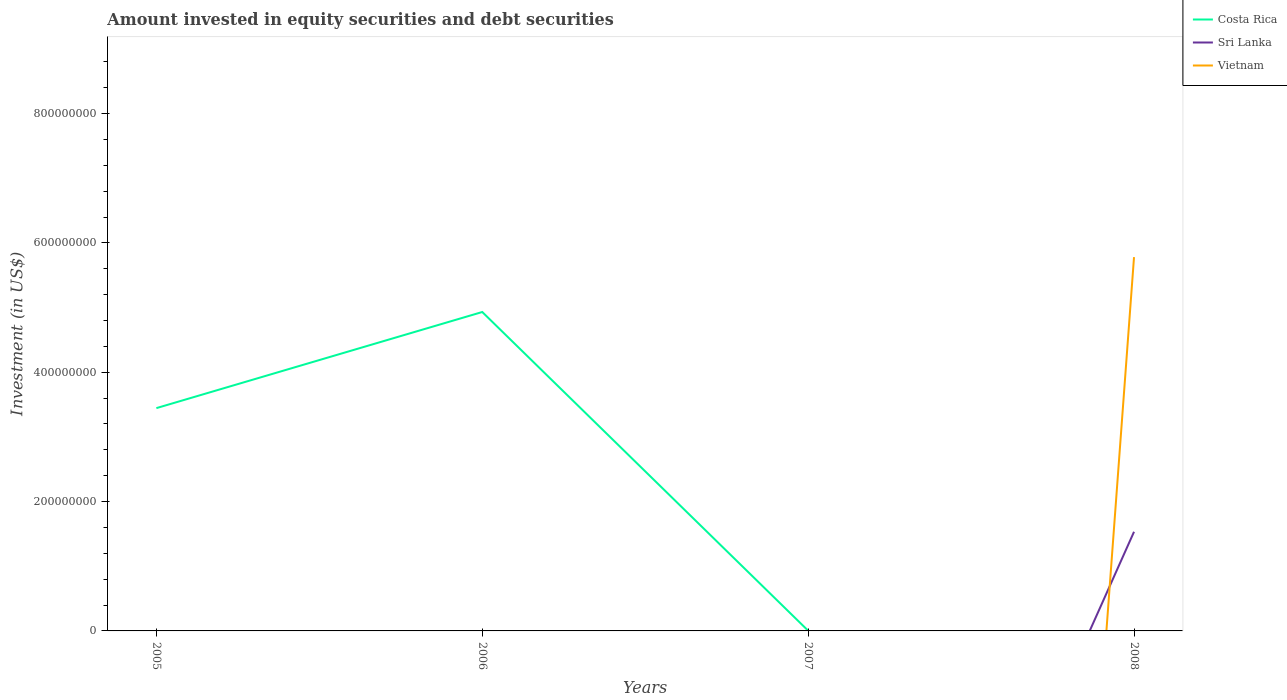
| Years | Costa Rica | Sri Lanka | Vietnam |
 | --- | --- | --- | --- |
 | 2005 | 3.45e+08 | -6.04e+07 | -8.65e+08 |
 | 2006 | 4.93e+08 | -5.1e+07 | -1.31e+09 |
 | 2007 | 3.93e+05 | -9.74e+08 | -6.24e+09 |
 | 2008 | -4.02e+08 | 1.53e+08 | 5.78e+08 |